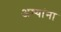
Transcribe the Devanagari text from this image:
अश्यांना